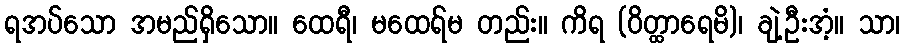
ရအပ်သော အမည်ရှိသော။ ထေရီ၊ မထေရ်မ တည်း။ ကိရ (ဝိတ္ထာရေမိ)၊ ချဲ့ဦးအံ့။ သာ၊